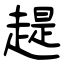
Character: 趧